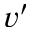
v ^ { \prime }